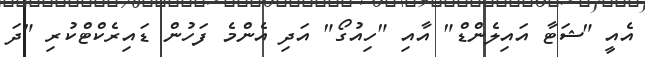
އެއީ "ޝަޓާ އައިލެންޑް" އާއި "ހިއުގޯ" އަދި އެންމެ ފަހުން ޑައިރެކްޓްކުރި "ދަ